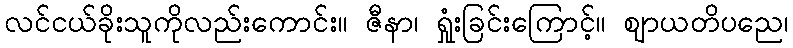
လင်ငယ်ခိုးသူကိုလည်းကောင်း။ ဇီနာ၊ ရှုံးခြင်းကြောင့်။ ဈာယတိပညေ၊